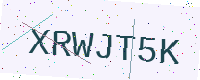
Text: XRWJT5K